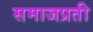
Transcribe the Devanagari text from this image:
समाजप्रती